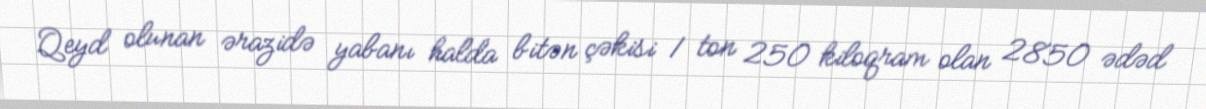
Qeyd olunan ərazidə yabanı halda bitən çəkisi 1 ton 250 kiloqram olan 2850 ədəd